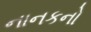
નાનકનો